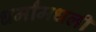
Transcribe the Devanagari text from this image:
धर्मांमधली